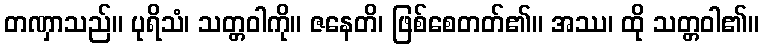
တဏှာသည်။ ပုရိသံ၊ သတ္တဝါကို။ ဇနေတိ၊ ဖြစ်စေတတ်၏။ အဿ၊ ထို သတ္တဝါ၏။